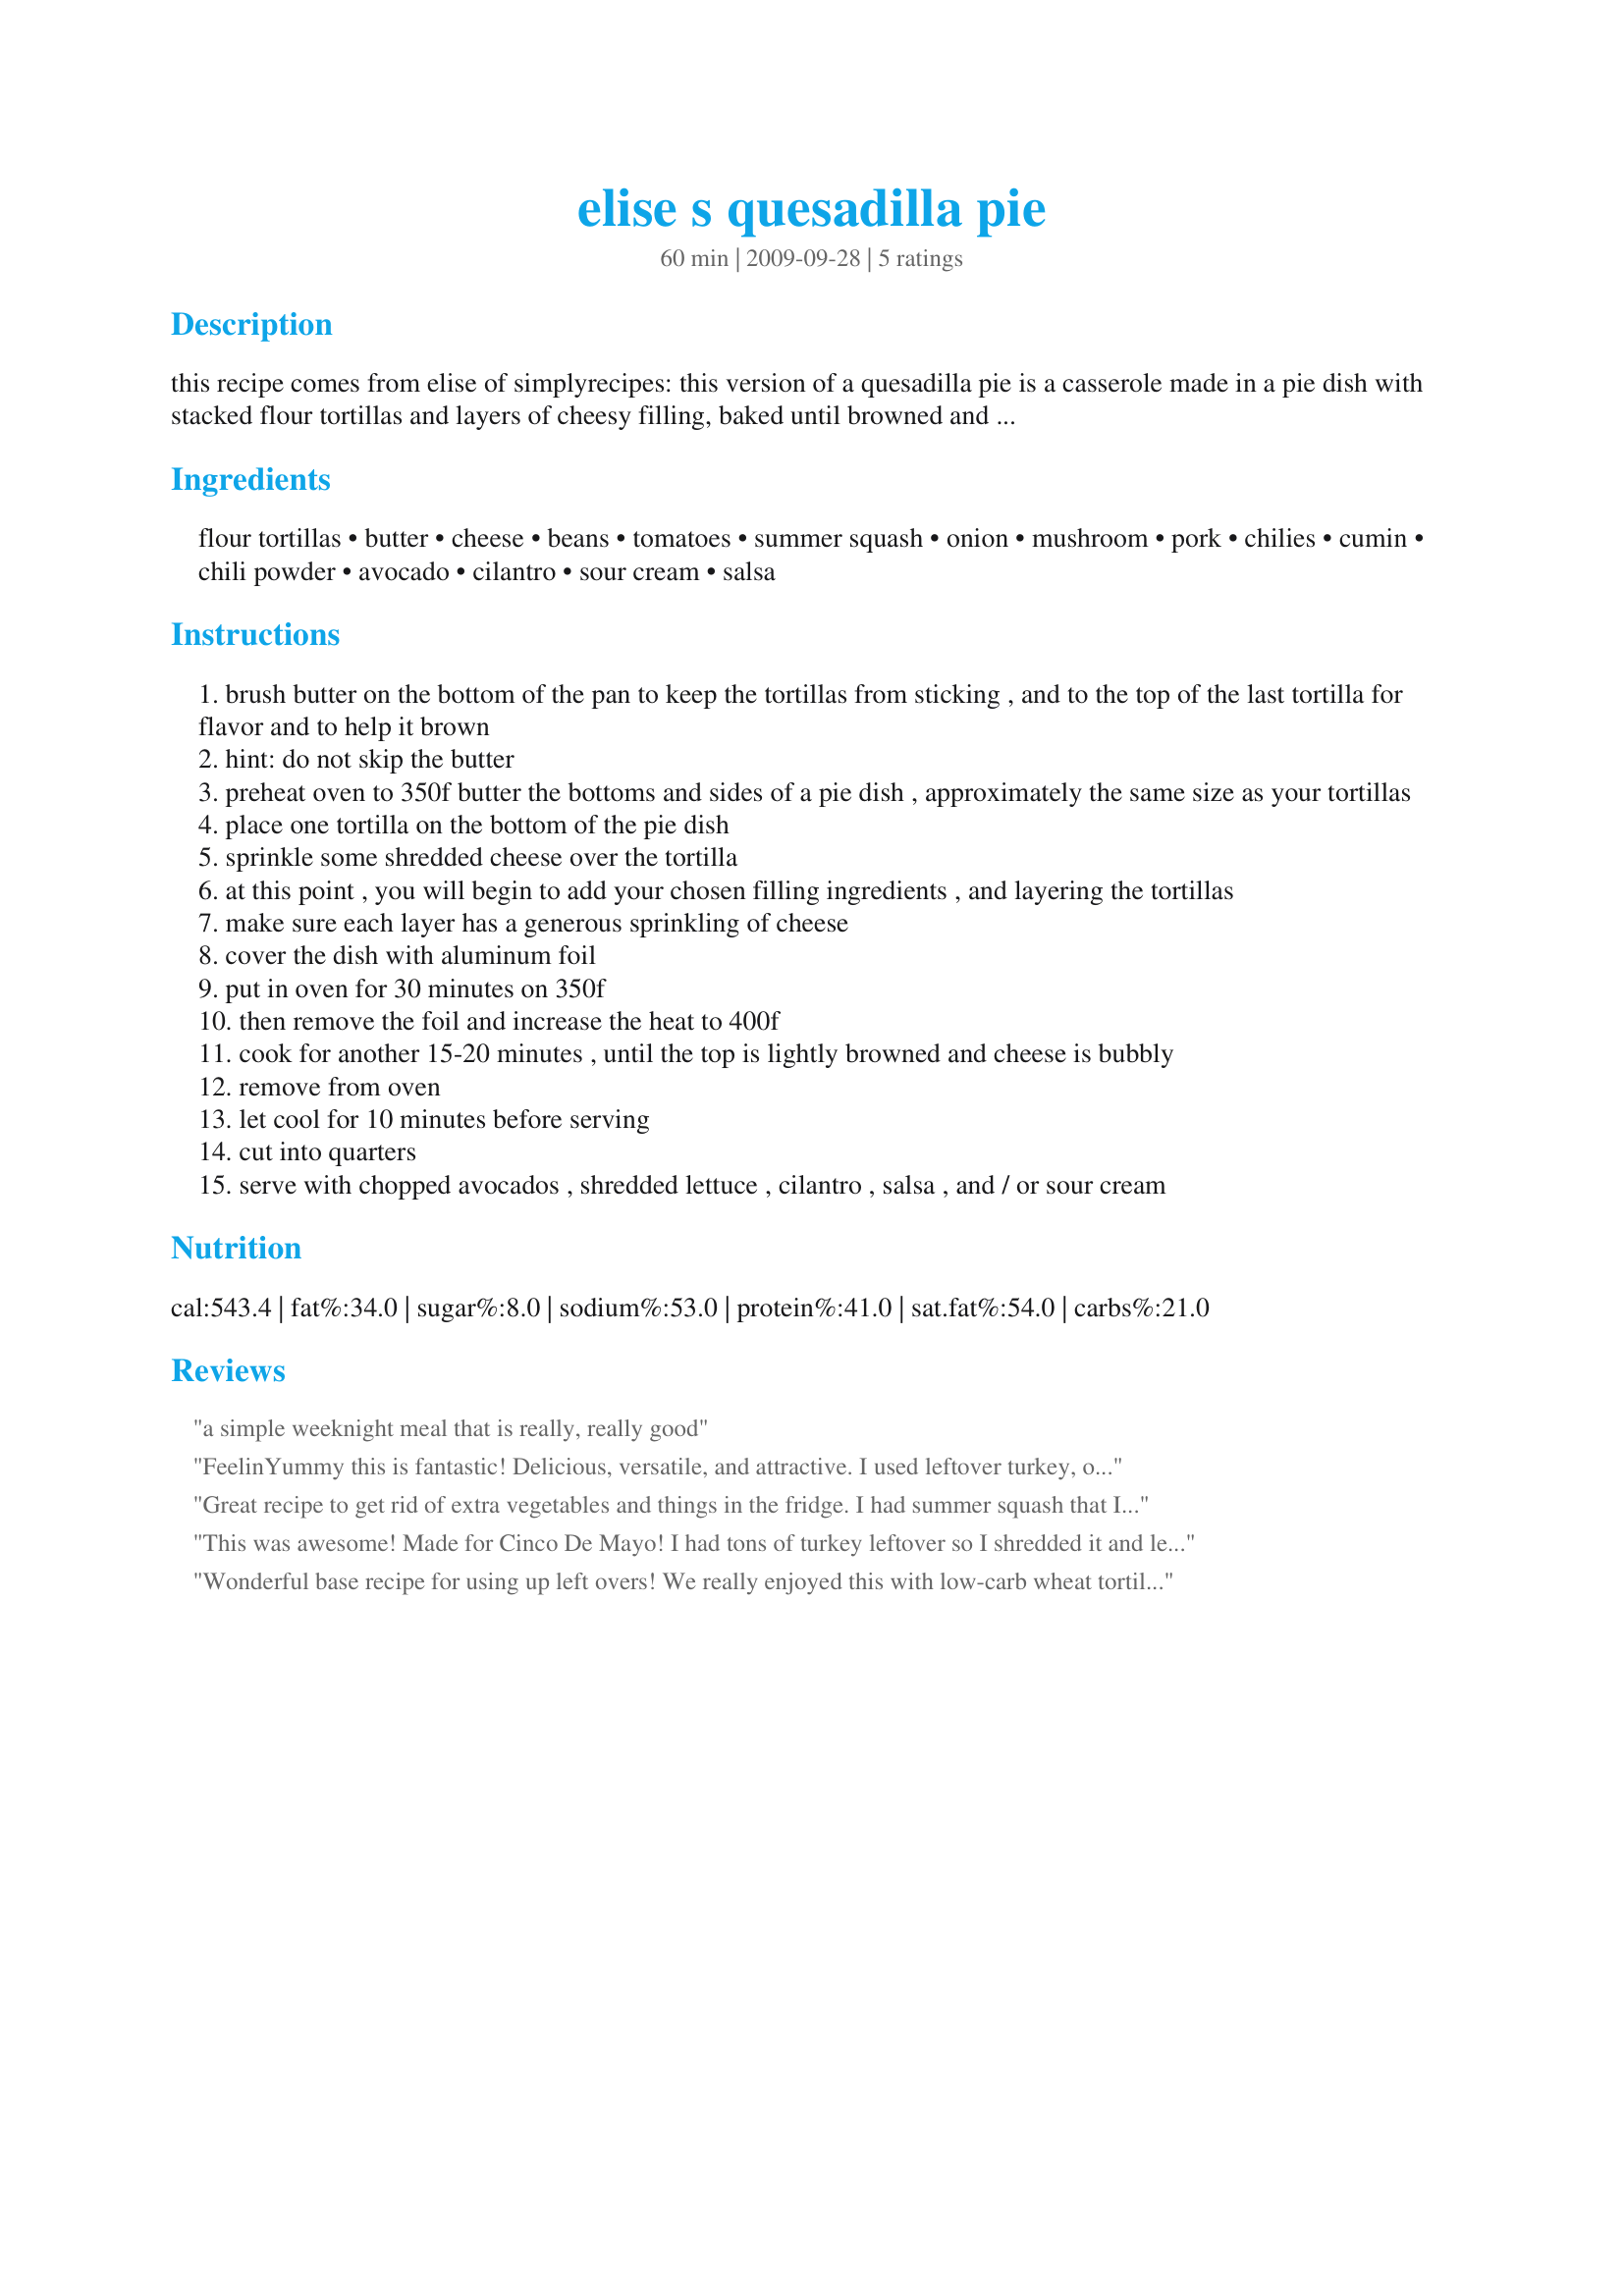
elise s quesadilla pie
Preparation time: 60 minutes

this recipe comes from elise of simplyrecipes: this version of a quesadilla pie is a casserole made in a pie dish with stacked flour tortillas and layers of cheesy filling, baked until browned and crispy. the beauty of quesadilla pie is that it's a great way to use up leftovers and odds and ends. the essentials are the tortillas and the cheese; after that it's up to you as to the variety and type of filling you want. black beans are good, as are onions, chicken, tomatoes, mushrooms, or summer squash. all can be layered in with the cheese. add as much chile as you want for heat and flavor.

Ingredients:
flour tortillas, butter, cheese, beans, tomatoes, summer squash, onion, mushroom, pork, chilies, cumin, chili powder, avocado, cilantro, sour cream, salsa

Steps:
brush butter on the bottom of the pan to keep the tortillas from sticking , and to the top of the last tortilla for flavor and to help it brown
hint: do not skip the butter
preheat oven to 350f butter the bottoms and sides of a pie dish , approximately the same size as your tortillas
place one tortilla on the bottom of the pie dish
sprinkle some shredded cheese over the tortilla
at this point , you will begin to add your chosen filling ingredients , and layering the tortillas
make sure each layer has a generous sprinkling of cheese
cover the dish with aluminum foil
put in oven for 30 minutes on 350f
then remove the foil and increase the heat to 400f
cook for another 15-20 minutes , until the top is lightly browned and cheese is bubbly
remove from oven
let cool for 10 minutes before serving
cut into quarters
serve with chopped avocados , shredded lettuce , cilantro , salsa , and / or sour cream

Reviews:
a simple weeknight meal that is really, really good
FeelinYummy this is fantastic! Delicious, versatile, and attractive. I used leftover turkey, onion, black beans, cheddar, pickled banana peppers, and light sprinkling of cumin. Garnished with low fat sour cream, tomatoes, and avocado. The buttering at the bottom does crisp it up perfectly. Made for Theirs, Yours, & Mine game.
Great recipe to get rid of extra vegetables and things in the fridge. I had summer squash that I didn't know what to do with. Added a little chorizo for some flavor along with chopped olives, onion and jalapeno. I also used tomatoes, cilantro, and avocado from the garden to top it off. My family loved it, and the pie disappeared in minutes. Next time, I'm adding black beans.
This was awesome! Made for Cinco De Mayo! I had tons of turkey leftover so I shredded it and let it marinate in salsa for a few hrs. Bottom layer I put mexican rice, 2nd layer pinto beans and turkey, 1st layer sauteed red onions, white onions, red pepper and chopped canned jalapenos. Topped with sour cream, guacamole, lettuce, tomatoes and olives oh yeah, I used whole wheat tortillas too. Turned out great, thanks so much for posting!
Wonderful base recipe for using up left overs! We really enjoyed this with low-carb wheat tortillas and our leftover Fiesta Chicken. Thank you for posting!
